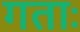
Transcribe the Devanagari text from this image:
गताः